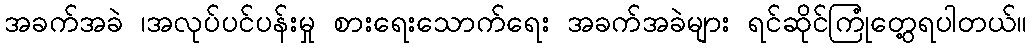
အခက်အခဲ ၊အလုပ်ပင်ပန်းမှု စားရေးသောက်ရေး အခက်အခဲများ ရင်ဆိုင်ကြုံတွေ့ရပါတယ်။